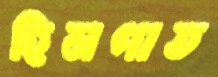
হিমপাত